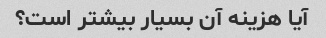
آیا هزینه آن بسیار بیشتر است؟